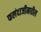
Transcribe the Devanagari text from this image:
फलंदाजीमधील